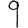
Digit: 9